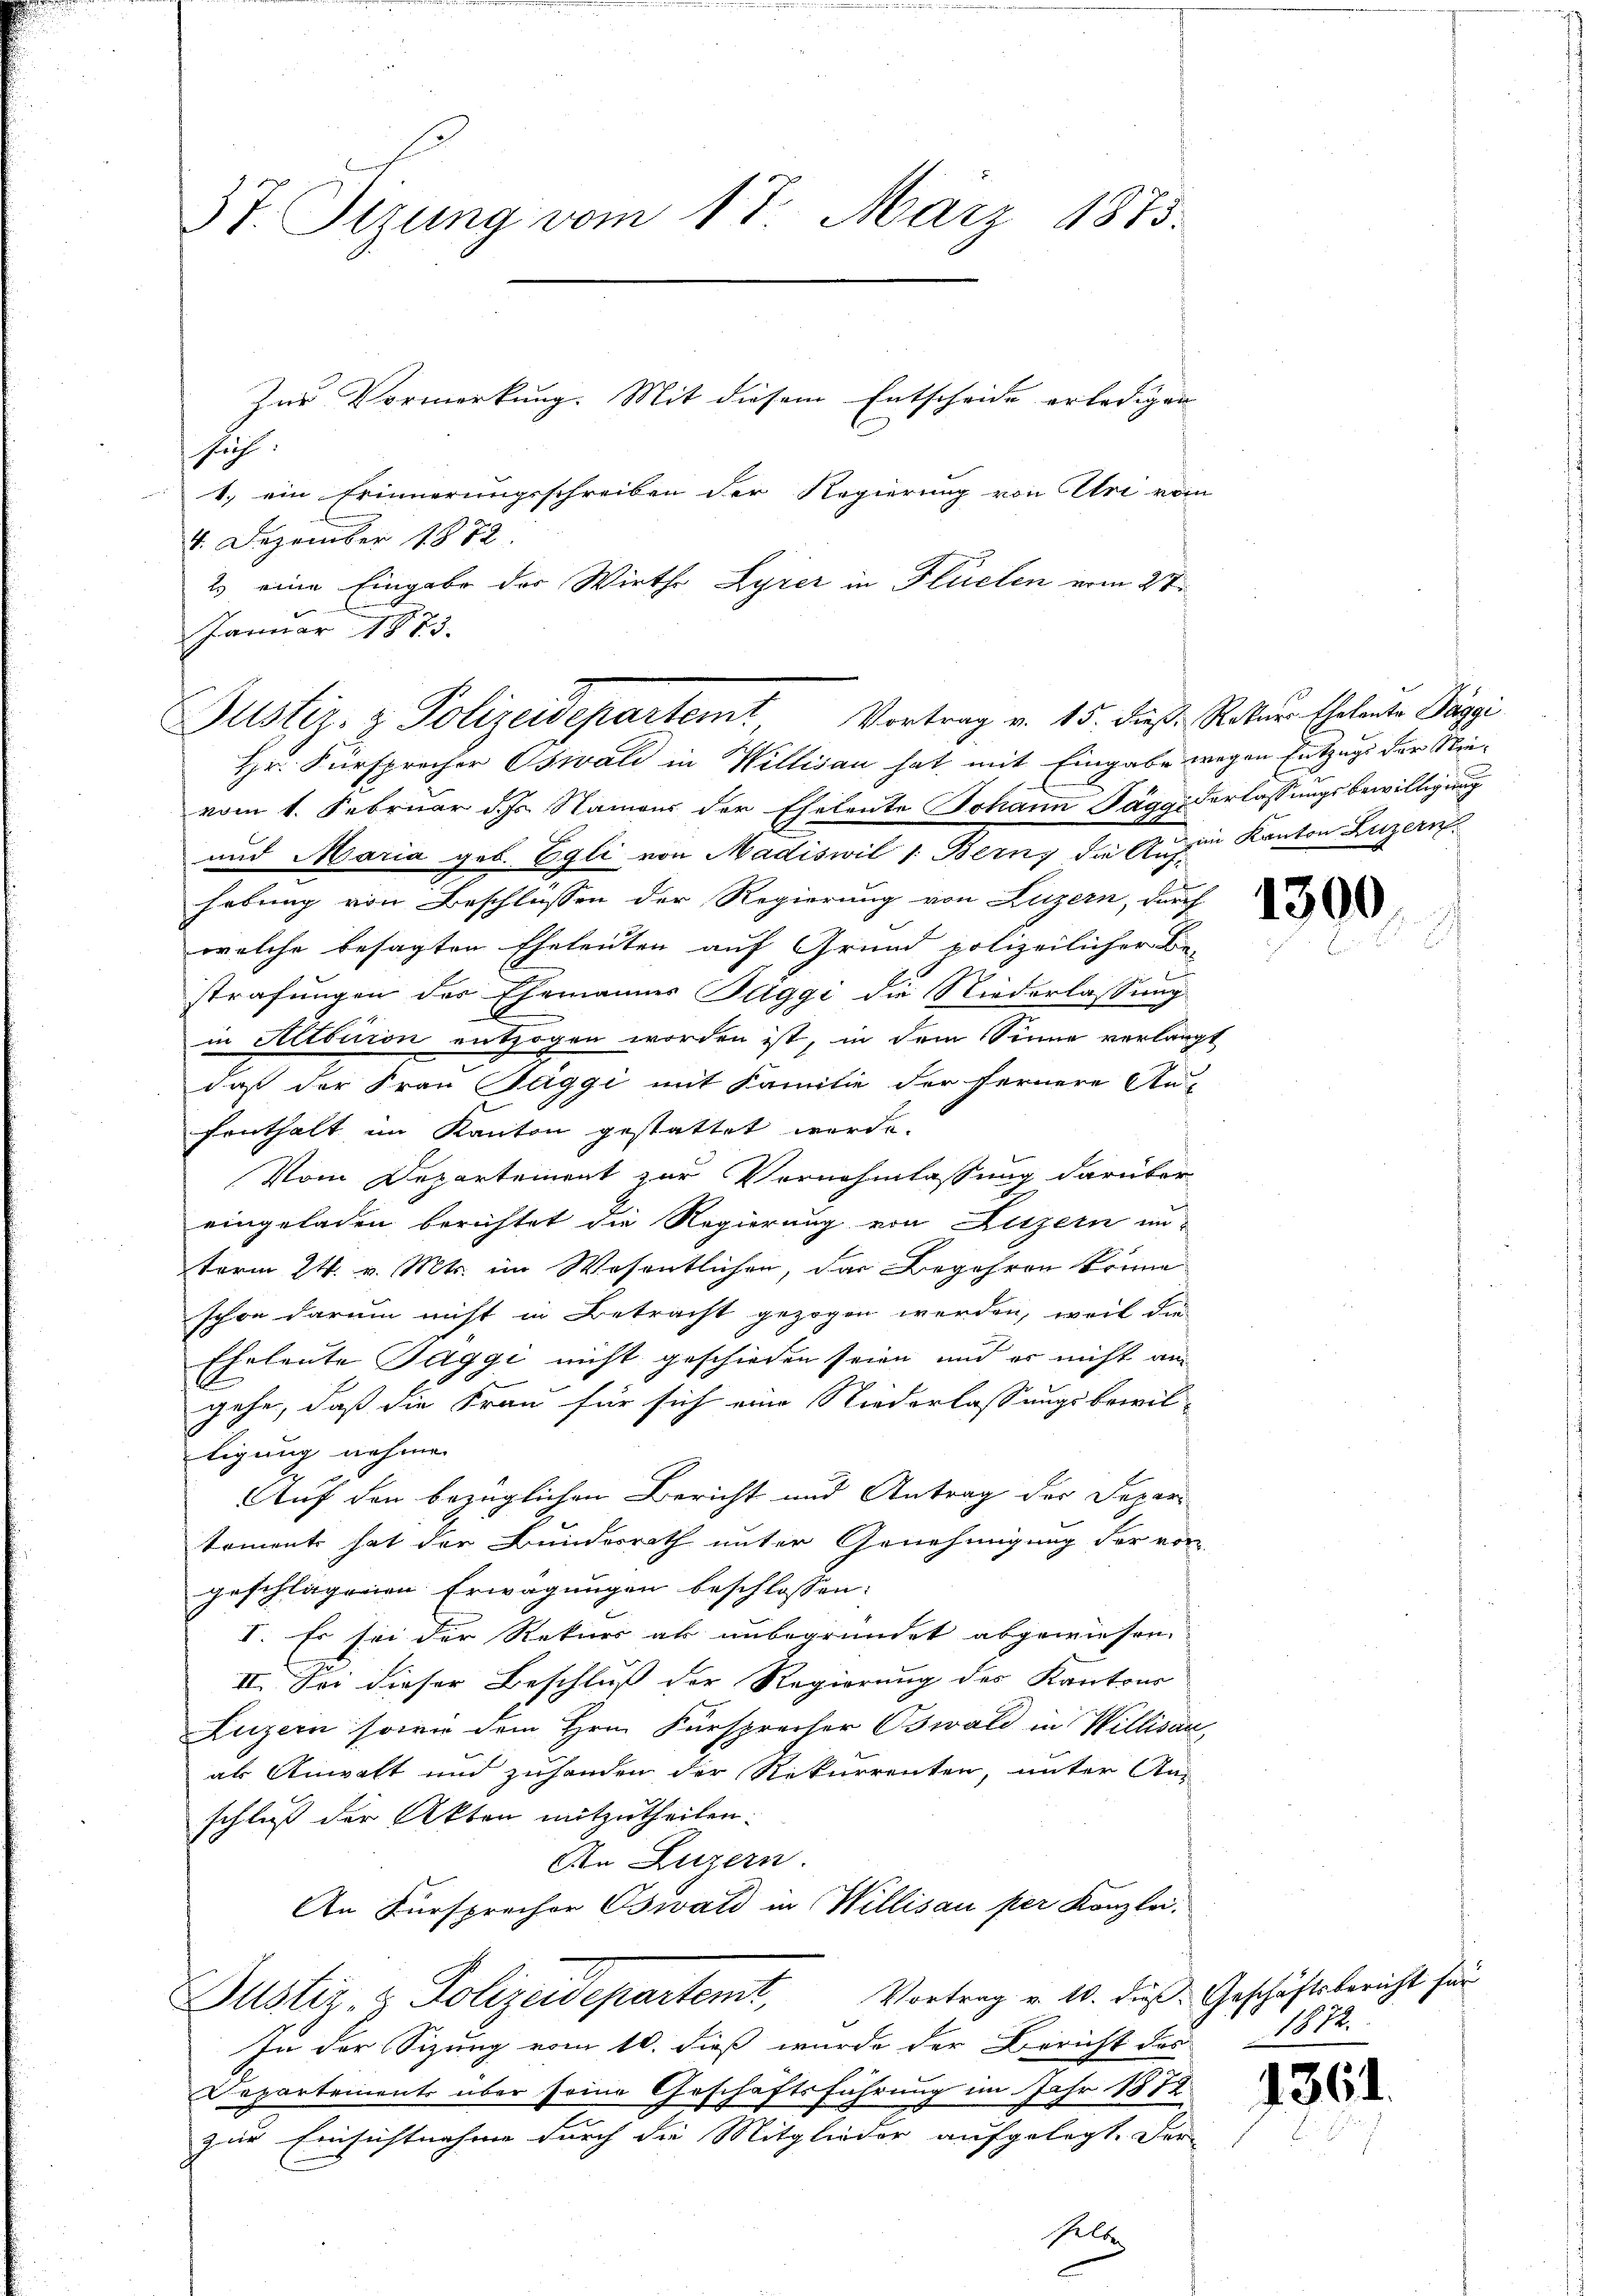
37. Sizung vom 17. März 1873.
Zur Vormerkung. Mit diesem Entscheide erledigen
suche
1. ein Erinnerungsschreiben der Regierung von Uri vom

4. Dezember 1872.
2) eine Eingabe der Wirthe Lyrer in Flüelen vom 27.
Januar 1873.

Justiz- & Polizeidepartemt, Vortrag v. 15. diese Rekurs Eheleute Pappi
Hr. Fürsprecher Oswald in Willisau hat mit Eingabe wegen Entzugs der Nie-

vom 1. Februar d. Js. Namens der Eheleute Johann Jäggiderlassungsbewilligung
und Maria geb. Egli von Madiswil 1: Bern, die Aushin Kanton Luzern
hebung von Beschlüssen der Regierung von Luzern, durch
welche besagten Eheleuten auf Grund polizeilicher Be-
strafungen der Ehemannes Taggi die Niederlassung
in Altburon entzogen worden ist, in dem Sinne verlangt
daß der Frau Suggi mit Familie der fernere An-
fenthalt im Kanton gestattet werde.
Vom Departement zur Vernehmlassung darüber
eingeladen berichtet die Regierung von Litzern in-
term 24. v. Mts. im Wesentlichen, das Begehren könne
schon darum nicht in Betracht gezogen werden, weil die
Eheleute Taggi nicht geschieden seien und er nicht an
2
gehe, daß die Frau für sich eine Niederlassungsbewiltigung nehme.
Auf den bezüglichen Bericht und Antrag der Depar
koment hat der Bundesrath unter Genehmigung der von
geschlagenen Erwägungen beschlossen:
I. Es sei der Rekurs ab unbegründet abgewiesen.
II. Sei dieser Beschluß der Regierung des Kantons
Luzern sowie dem Hrn. Fürsprecher Oswald in Willisau
al Anwalt und zuhanden der Rekurrenten, unter An-
schluß der Akten mitzutheilen.
An Luzern.
An Fürsprecher Oswald in Willisau per Kanzlei.
Justiz - Polizeidepartemt, Vortrag v. 10. dieß Geschäftsbericht für
In der Sizung vom 10. dieß wurde der Bericht des
Departements über seine Geschäftsführung im Jahr 1882
zur Einsichtnahme durch die Mitglieder aufgelegt. Fer-
selbe

1300

1872.

1361